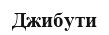
Джибути